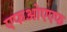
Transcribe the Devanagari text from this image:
एफओएएफ